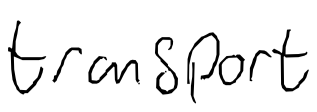
Text: transport
Cross-out: clean
Writing tool: digital_black